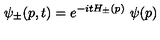
\psi _ { \pm } ( p , t ) = e ^ { - i t H _ { \pm } ( p ) } \ \psi ( p )